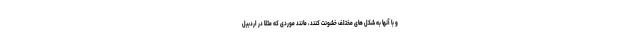
و با آنها به شکل های مختلف خشونت کنند، مانند موردی که مثلاً در اردبیل